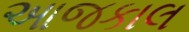
આજકાલ